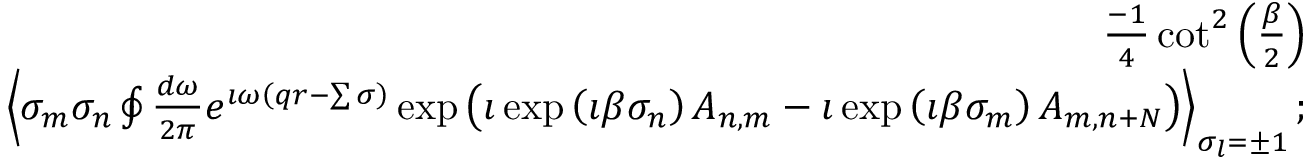
\begin{array} { r l r } & { } & { \frac { - 1 } { 4 } \cot ^ { 2 } \left( \frac { \beta } { 2 } \right) } \\ & { } & { \left\langle \sigma _ { m } \sigma _ { n } \oint \frac { d \omega } { 2 \pi } e ^ { \imath \omega \left( q r - \sum \sigma \right) } \exp \left( \imath \exp \left( \imath \beta \sigma _ { n } \right) A _ { n , m } - \imath \exp \left( \imath \beta \sigma _ { m } \right) A _ { m , n + N } \right) \right\rangle _ { \sigma _ { l } = \pm 1 } ; } \end{array}